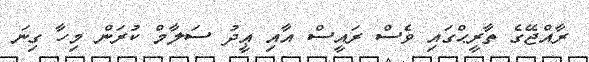
ރާއްޖޭގެ ތާރީޙްގައި ވެސް ރައީސް އާއި ޢީދު ސަލާމް ކުރަން މިހާ ގިނަ